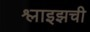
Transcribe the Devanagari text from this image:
श्लाइझची